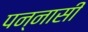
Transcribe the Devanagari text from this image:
पन्नासी